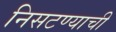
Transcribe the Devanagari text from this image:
निसटण्याची